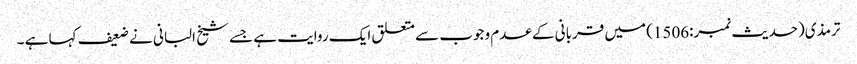
ترمذی(حدیث نمبر:1506) میں قربانی کے عدم وجوب سے متعلق ایک روایت ہے جسے شیخ البانی نے ضعیف کہا ہے ۔